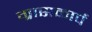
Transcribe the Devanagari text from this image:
ग्रासकार्प